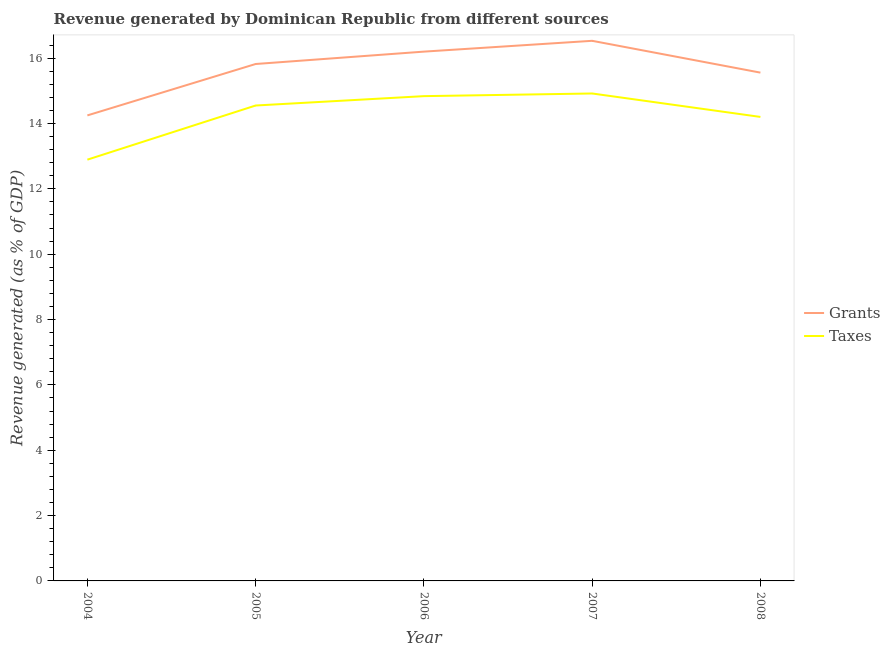
| Year | Grants | Taxes |
 | --- | --- | --- |
 | 2004 | 14.2 | 12.9 |
 | 2005 | 15.8 | 14.6 |
 | 2006 | 16.2 | 14.8 |
 | 2007 | 16.5 | 14.9 |
 | 2008 | 15.6 | 14.2 |